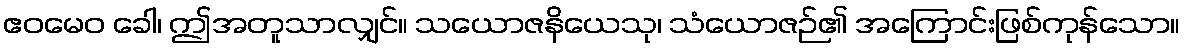
ဧဝမေဝ ခေါ၊ ဤအတူသာလျှင်။ သယောဇနိယေသု၊ သံယောဇဉ်၏ အကြောင်းဖြစ်ကုန်သော။